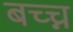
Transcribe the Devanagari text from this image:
बच्च्न